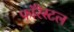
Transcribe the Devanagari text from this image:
फॉरेस्टल